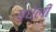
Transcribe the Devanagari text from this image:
गधेली